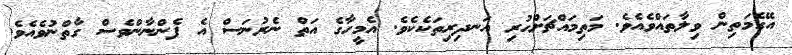
އޭގެމަތިން ވިލާތައްވެއެވެ. މަތިމައްޗަށްހުރި އަނދިރިތަކެކެވެ. އެމީހާގެ އަތް ނެރުނަސް އެ ފެންނާންވެސް ގާތްނުވެއެވެ.